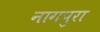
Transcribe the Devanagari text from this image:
नागपुरा